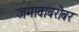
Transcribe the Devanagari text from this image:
जमावाबरोबर